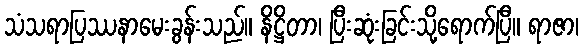
သံသရာပြဿနာမေးခွန်းသည်။ နိဋ္ဌိတာ၊ ပြီးဆုံးခြင်းသို့ရောက်ပြီ။ ရာဇာ၊